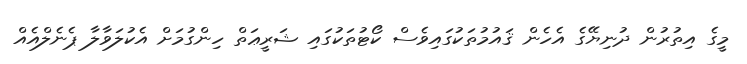
މީގެ އިތުރުން ދުނިޔޭގެ އެހެން ޤައުމުތަކުގައިވެސް ކޯޓުތަކުގައި ޝަރީޢަތް ހިންގުމަށް އެކުލަވާލާ ޕެނެލްއެއް